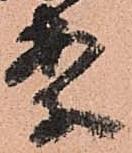
案